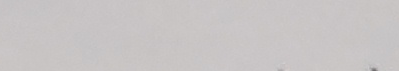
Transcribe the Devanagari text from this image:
त्यसरी